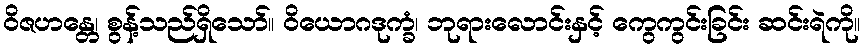
ဝိဇဟန္တေ၊ စွန့်သည်ရှိသော်။ ဝိယောဂဒုက္ခံ၊ ဘုရားလောင်းနှင့် ကွေကွင်းခြင်း ဆင်းရဲကို။